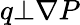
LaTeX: q\bot\nabla P